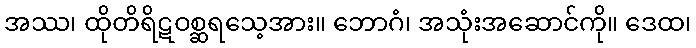
အဿ၊ ထိုတိရိဋဝစ္ဆရသေ့အား။ ဘောဂံ၊ အသုံးအဆောင်ကို။ ဒေထ၊